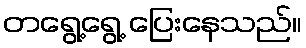
တရွေ့ရွေ့ ပြေးနေသည်။